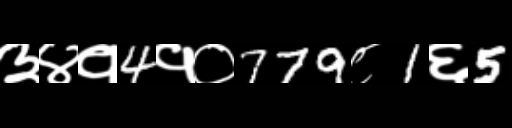
Text: ३४१4१०779८1६5